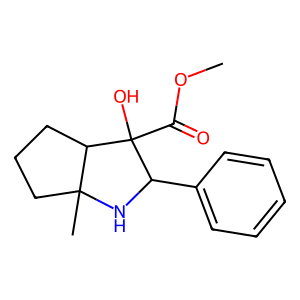
SMILES: COC(=O)C1(O)C(c2ccccc2)NC2(C)CCCC21
Inhibits HIV replication: No